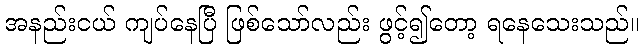
အနည်းငယ် ကျပ်နေပြီ ဖြစ်သော်လည်း ဖွင့်၍တော့ ရနေသေးသည်။